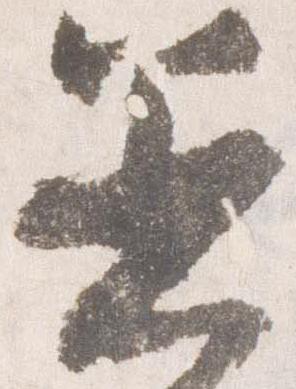
着